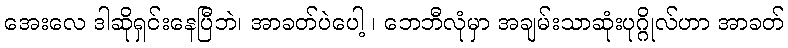
အေးလေ ဒါဆိုရှင်းနေပြီဘဲ၊ အာခတ်ပဲပေါ့ ၊ ဘေဘီလုံမှာ အချမ်းသာဆုံးပုဂ္ဂိုလ်ဟာ အာခတ်